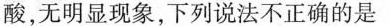
酸，无明显现象，下列说法不正确的是